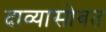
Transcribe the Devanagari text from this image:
दाव्यासोबत